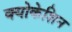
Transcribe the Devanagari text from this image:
क्योकेशिन